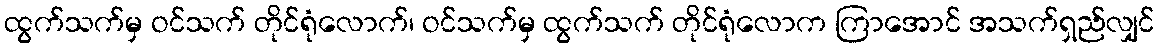
ထွက်သက်မှ ဝင်သက် တိုင်ရုံလောက်၊ ဝင်သက်မှ ထွက်သက် တိုင်ရုံလောက ကြာအောင် အသက်ရှည်လျှင်